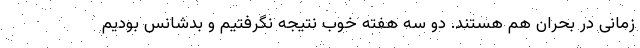
زمانی در بحران هم هستند. دو سه هفته خوب نتیجه نگرفتیم و بدشانس بودیم